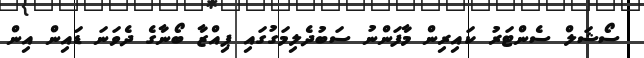
ސޯޝަލް ސެންޓަރު ކައިރިން މާފަންނު ސަބުދެލިމަގުގައި ޕިއްޒާ ބޯނާގެ ދެވަނަ ޑައިން އިން